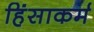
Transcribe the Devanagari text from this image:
हिंसाकर्म